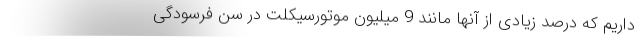
داریم که درصد زیادی از آنها مانند 9 میلیون موتورسیکلت در سن فرسودگی